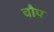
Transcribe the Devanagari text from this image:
चौप